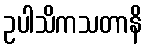
ဥပါသိကသတာနိ